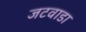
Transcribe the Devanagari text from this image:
जटवाडा